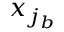
x _ { j _ { b } }